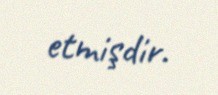
etmişdir.